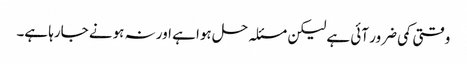
وقتی کمی ضرور آئی ہے لیکن مسئلہ حل ہوا ہے اور نہ ہونے جارہا ہے۔